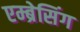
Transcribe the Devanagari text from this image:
एम्ब्रेसिंग